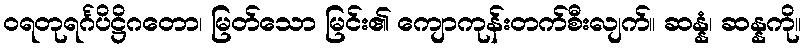
ဝရတုရင်္ဂပိဋ္ဌိဂတော၊ မြတ်သော မြင်း၏ ကျောကုန်းတက်စီးလျက်။ ဆန္နံ၊ ဆန္နကို။